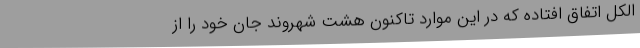
الکل اتفاق افتاده که در این موارد تاکنون هشت شهروند جان خود را از